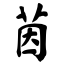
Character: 茵